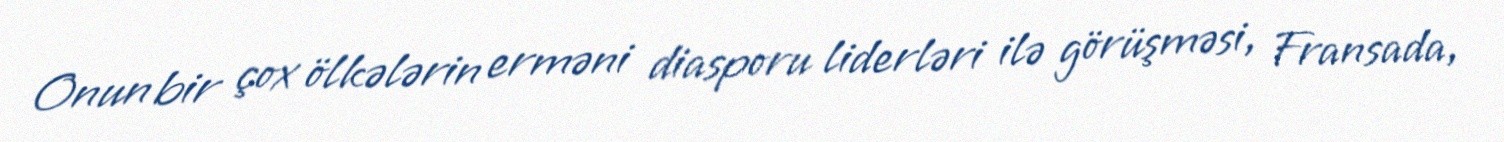
Onun bir çox ölkələrin erməni diasporu liderləri ilə görüşməsi, Fransada,